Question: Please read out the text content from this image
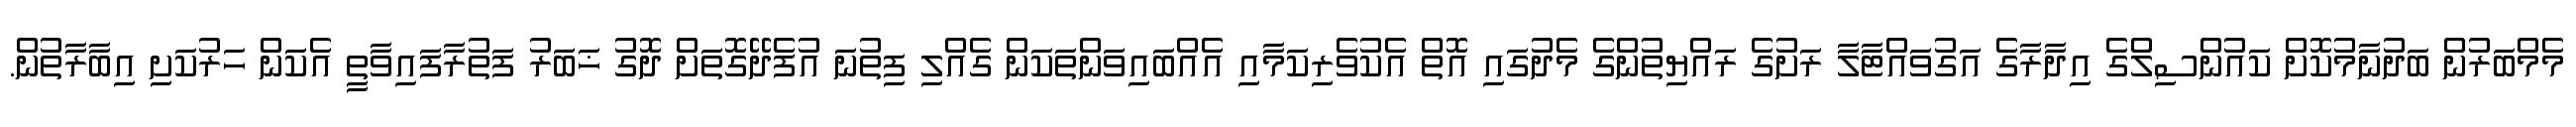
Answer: މެމްބަރުން ބަދުނާމުކޮށް ކައުންސިލްގެ އިދާރާގެ އަގުވައްޓާލާ ރަށުގެ ރައްޔިތުންގެ މެދުގައި އޮތް އެކުވެރިކަމާއި އެއްބައިވަންތަކަން ގެއްލި ފިތުނަ އުފެދޭގޮތަށް ދޮގު ޚަބަރު ފަތުރާފައިވާތީ އެކަން ހަރުކަށި އިބާރާތުން.